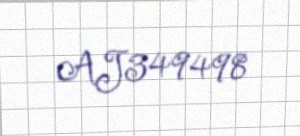
AJ349498